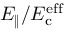
E _ { \| } / E _ { \mathrm { c } } ^ { \mathrm { e f f } }